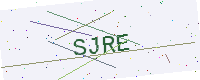
Text: SJRE